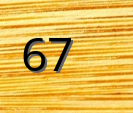
67